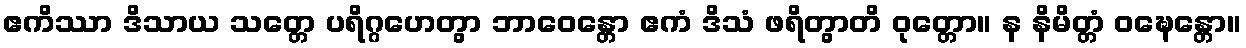
ဧကိဿာ ဒိသာယ သတ္တေ ပရိဂ္ဂဟေတွာ ဘာဝေန္တော ဧကံ ဒိသံ ဖရိတွာတိ ဝုတ္တော။ န နိမိတ္တံ ဝဍ္ဎေန္တော။